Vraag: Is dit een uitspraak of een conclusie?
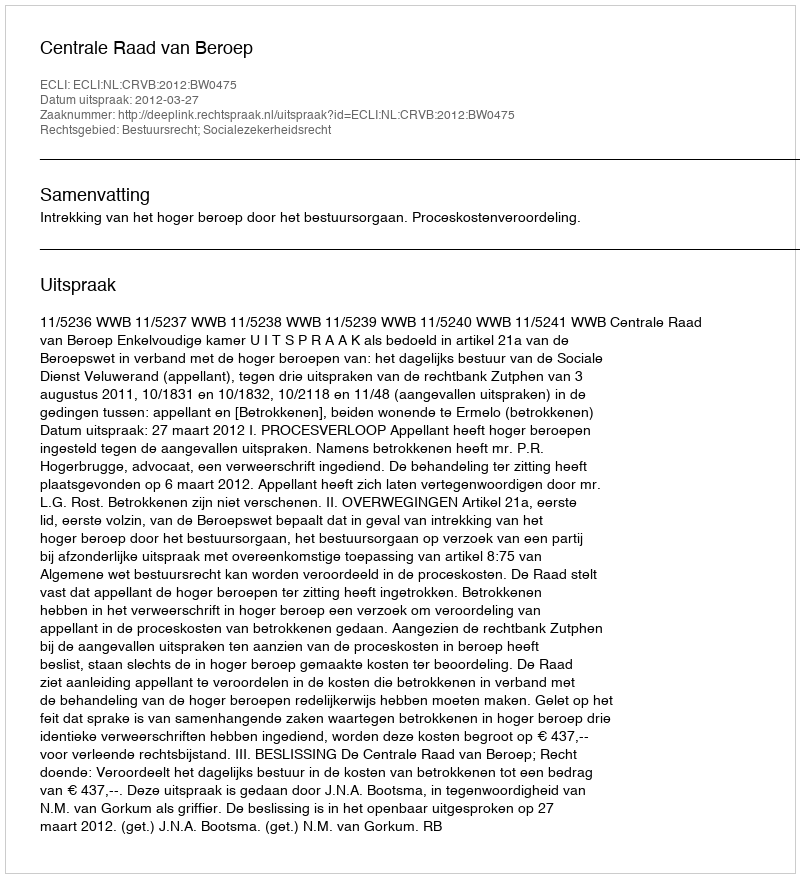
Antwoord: Uitspraak